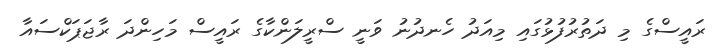
ރައީސްގެ މި ދަތުރުފުޅުގައި މިއަދު ހެނދުނު ވަނީ ސްރީލަންކާގެ ރައީސް މަހިންދަ ރާޖަޕަކްސައާ